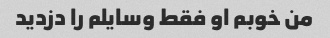
من خوبم او فقط وسایلم را دزدید